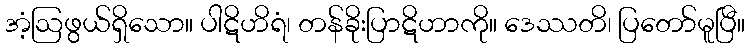
အံ့ဩဖွယ်ရှိသော။ ပါဋိဟိရံ၊ တန်ခိုးပြာဋိဟာကို။ ဒေဿတိ၊ ပြတော်မူပြီ။